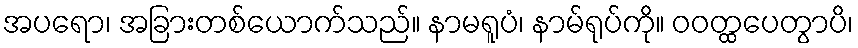
အပရော၊ အခြားတစ်ယောက်သည်။ နာမရူပံ၊ နာမ်ရုပ်ကို။ ဝဝတ္ထပေတွာပိ၊